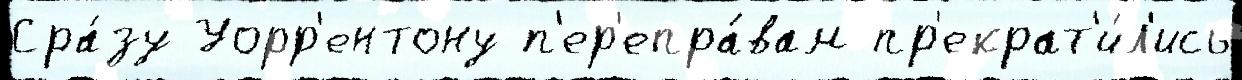
Сра́зу Уорр'ентону п'ер'епра́вам пр'екрат'и́л'ись